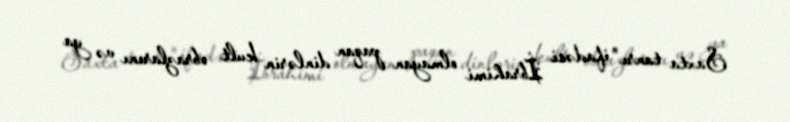
Saxta tanrı" ifadəsi İbrahimi olmayan paqan dinlərin kult obrazlarını və ya